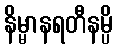
နိမ္မာနရတီနမ္ပိ